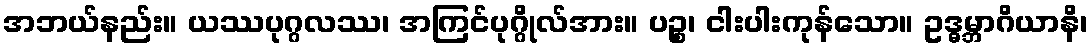
အဘယ်နည်း။ ယဿပုဂ္ဂလဿ၊ အကြင်ပုဂ္ဂိုလ်အား။ ပဉ္စ၊ ငါးပါးကုန်သော။ ဥဒ္ဓမ္ဘာဂိယာနိ၊